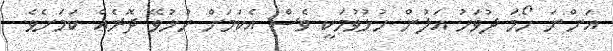
އަންނަ ހޯމަ ދުވަހު އަލުން ހުޅުވުމަކީ ވެސް އެކަމަށް ހުޅުވޭ ދޮރެއް ކަމަށެވެ.